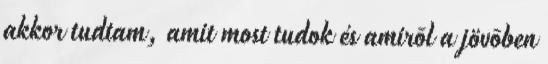
akkor tudtam, amit most tudok és amirõl a jövõben